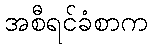
အစီရင်ခံစာက